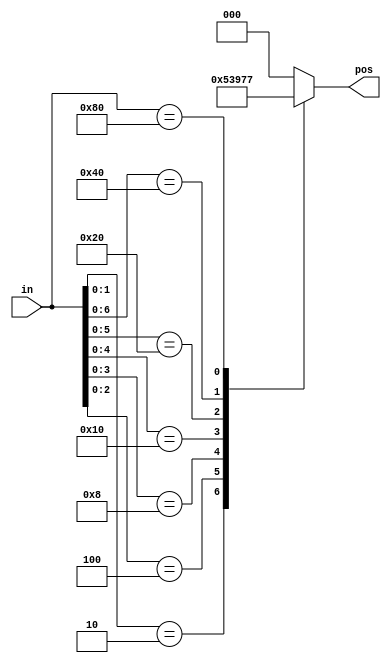
// synthesis verilog_input_version verilog_2001
module top_module (
    input [7:0] in,
    output reg [2:0] pos );


always @(*) begin
    casez(in)
        8'bzzzz_zzz1:pos = 3'd0;
        8'bzzzz_zz10:pos = 3'd1;
        8'bzzzz_z100:pos = 3'd2;
        8'bzzzz_1000:pos = 3'd3;
        8'bzzz1_0000:pos = 3'd4;
        8'bzz10_0000:pos = 3'd5;
        8'bz100_0000:pos = 3'd6;
        8'b1000_0000:pos = 3'd7;
        default:pos = 3'd0;
    endcase
end
    


endmodule